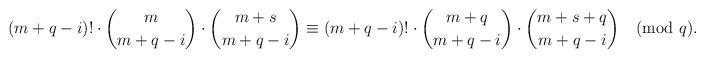
LaTeX: \begin{align*}(m+q-i)!\cdot\binom{m}{m+q-i}\cdot\binom{m+s}{m+q-i}\equiv (m+q-i)!\cdot\binom{m+q}{m+q-i}\cdot\binom{m+s+q}{m+q-i} \pmod{q}.\end{align*}